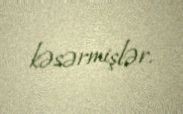
kəsərmişlər.